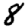
Digit: 8